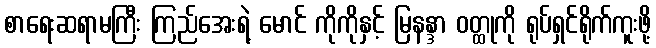
စာရေးဆရာမကြီး ကြည်အေးရဲ့ မောင် ကိုကိုနှင့် မြနန္ဒာ ဝတ္ထုကို ရုပ်ရှင်ရိုက်ကူးဖို့